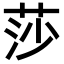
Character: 莎